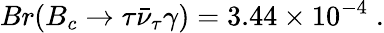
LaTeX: Br(B_{c}\to\tau\bar{\nu}_{\tau}\gamma)=3.44\times 10^{-4}\; .